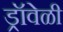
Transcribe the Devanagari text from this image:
ड्रॉवेळी